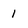
Character: 1